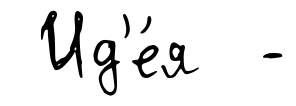
Ид'е́я -